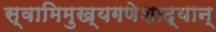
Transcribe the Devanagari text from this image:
स्वामिमुख्यगणेशाद्यान्